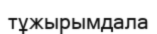
тұжырымдала